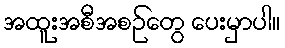
အထူးအစီအစဉ်တွေ ပေးမှာပါ။